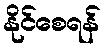
နိုင်စေရန်